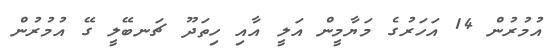
އުމުރުން 14 އަހަރުގެ މަޔާމީން އަލީ އާއި ހިތަދޫ ޗަނބޭލީ ގޭ އުމުރުން